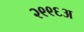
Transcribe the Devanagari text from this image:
२९९६अ